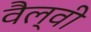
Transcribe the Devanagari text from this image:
वैल्वी